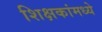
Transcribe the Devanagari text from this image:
शिक्षकांमध्ये